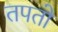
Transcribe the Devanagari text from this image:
तपतो